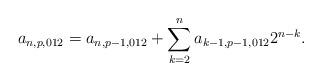
LaTeX: \begin{align*}a_{n,p,012} = a_{n,p-1,012} + \sum_{k=2}^n a_{k-1,p-1,012} 2^{n-k}.\end{align*}